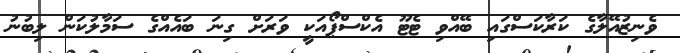
ވެނިޒުއޭލާގެ ކަރާކަސްގައި ބޭއްވި ޓެޓޫ އެކްސްޕޯއަކީ ވަރަށް ގިނަ ބައެއްގެ ސަމާލުކަން ލިބުނު